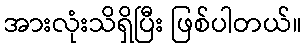
အားလုံးသိရှိပြီး ဖြစ်ပါတယ်။